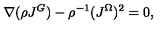
\nabla ( \rho J ^ { G } ) - \rho ^ { - 1 } ( J ^ { \Omega } ) ^ { 2 } = 0 ,